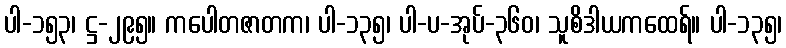
ပါ-၁၅၃၊ ဋ္ဌ-၂၉၅။ ကပေါတဇာတက၊ ပါ-၁၃၅၊ ပါ-ပ-အုပ်-၃၆၀၊ သူစိဒါယကထေရ်။ ပါ-၁၃၅၊